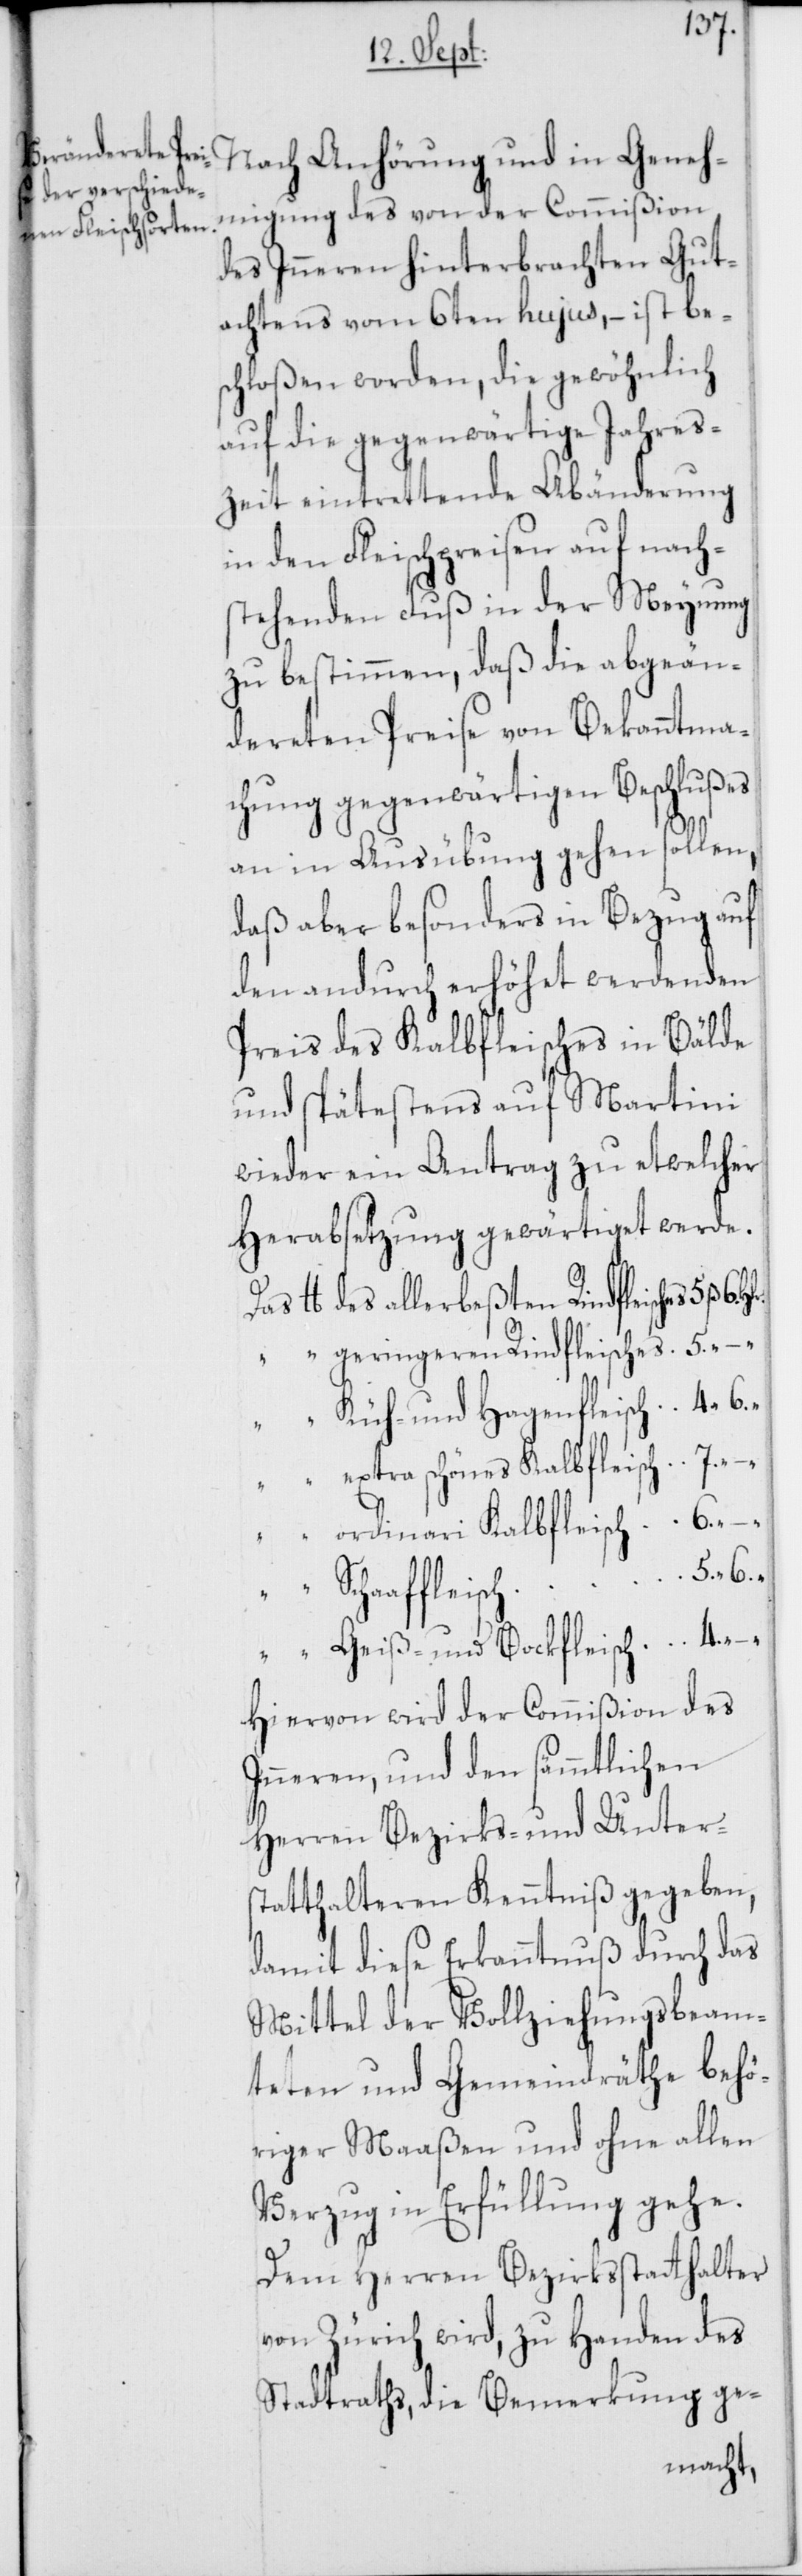
Nach Anhörung und in Geneh¬
migung des von der Commißion
des Inneren hinterbrachten Gut¬
achtens vom 6ten hujus, – ist bes¬
chloßen worden, die gewöhnlich
auf die gegenwärtige Jahres¬
zeit eintrettende Abänderung
in den Fleischpreisen auf nach¬
stehenden Fuß in der Meynung
zu bestimmen, daß die abgeän¬
dereten Preise von Bekanntma¬
chung gegenwärtigen Beschlußes
an in Ausübung gehen sollen,
daß aber besonders in Bezug auf
den andurch erhöhet werdenden
Preis des Kalbfleisches in Bälde
und spätestens auf Martini
wieder ein Antrag zu etwelcher
Herabsetzung gewärtiget werde.
lb. des allerbeßten Rindfleisches
“ “ geringeren Rindfleisches 5.
“ Küh- und Hagenfleisch 4. “
“ extra schönes Kalbfleisch 7.
–.
“ ordinari Kalbfleisch 6. “ –.
“ Schaaffleisch 5. “ 6.
“ “ Geiß- und Bockfleisch 4. “ –.
Hiervon wird der Commißion des
Inneren, und den sämmtlichen
Herren Bezirks- und Unters¬
tatthalteren Kenntniß gegeben,
damit diese Erkanntnuß durch das
Mittel der Vollziehungsbeam¬
teten und Gemeindräthe behö¬
riger Maaßen und ohne allen
Verzug in Erfüllung gehe.
Dem Herren Bezirksstatthalter
von Zürich wird, zu Handen des
Stadtraths, die Bemerkung ge-